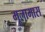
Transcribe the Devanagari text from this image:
मूलामास